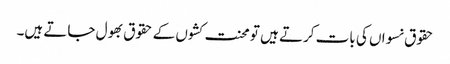
حقوق نسواں کی بات کرتے ہیں تو محنت کشوں کے حقوق بھول جاتے ہیں۔